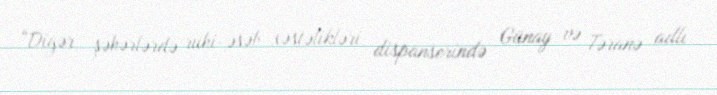
“Digər şəhərlərdə ruhi-əsəb xəstəlikləri dispanserində Günay və Təranə adlı